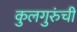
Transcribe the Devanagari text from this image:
कुलगुरुंची